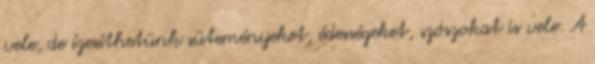
vele, de ízesíthetünk süteményeket, édességeket, szószokat is vele. A